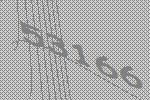
53166